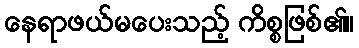
နေရာဖယ်မပေးသည့် ကိစ္စဖြစ်၏။